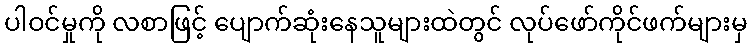
ပါဝင်မှုကို လစာဖြင့် ပျောက်ဆုံးနေသူများထဲတွင် လုပ်ဖော်ကိုင်ဖက်များမှ